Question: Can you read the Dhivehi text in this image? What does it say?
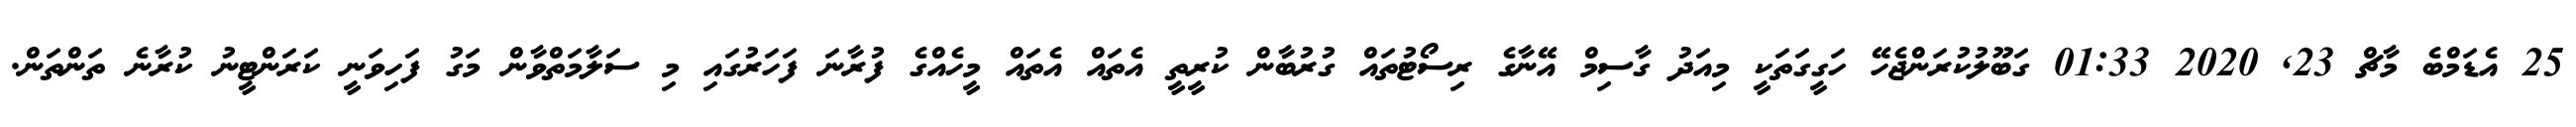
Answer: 25 އެޑަމްބެ މާޗް 23, 2020 01:33 ގަބޫލުކުރަންޖެހޭ ހަގީގަތަކީ މިއަދު ގާސިމް އޭނާގެ ރިސޯޓުތައް ގުރުބާން ކުރީތީ އެތައް އެތައް މީހެއްގެ ފުރާނަ ފަހަރުގައި މި ސަލާމަތްވާން މަގު ފަހިވަނީ ކަރަންޓީނު ކުރާނެ ތަންތަން.